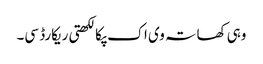
وہی کھاتہ وی اک پکا لکھتی ریکارڈ سی۔